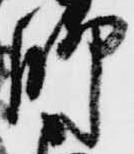
脚